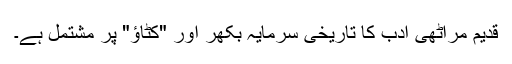
قدیم مراٹھی ادب کا تاریخی سرمایہ بکھر اور "کٹاؤ" پر مشتمل ہے۔